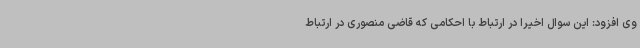
وی افزود: این سوال اخیرا در ارتباط با احکامی که قاضی منصوری در ارتباط